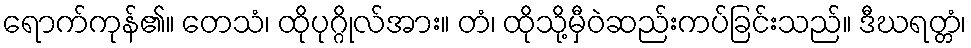
ရောက်ကုန်၏။ တေသံ၊ ထိုပုဂ္ဂိုလ်အား။ တံ၊ ထိုသို့မှီဝဲဆည်းကပ်ခြင်းသည်။ ဒီဃရတ္တံ၊